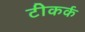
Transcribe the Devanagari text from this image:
टीकर्क